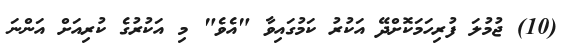
(10) ޖުމުލަ ފުރިހަމަކޮށްދޭ އަކުރު ކަމުގައިވާ "އެވެ" މި އަކުރުގެ ކުރިއަށް އަންނަ